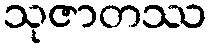
သုဇာတဿ